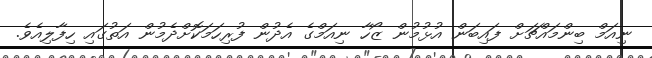
ނިއަމް ބިންމައްޗަށް ފައިބަން އުޅުމުން ޒޯހާ ނިއަމްގެ އެދުން ފުރިހަމަކޮށްދެމުން އަތުގައި ހިފާލިއެވެ.